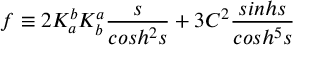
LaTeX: f \equiv 2 K _ { a } ^ { b } K _ { b } ^ { a } \frac { s } { c o s h ^ { 2 } s } + 3 C ^ { 2 } \frac { s i n h s } { c o s h ^ { 5 } s }